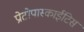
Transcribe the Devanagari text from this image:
प्रोटोपास्काईटिस